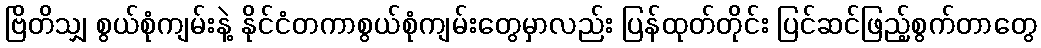
ဗြိတိသျှ စွယ်စုံကျမ်းနဲ့ နိုင်ငံတကာစွယ်စုံကျမ်းတွေမှာလည်း ပြန်ထုတ်တိုင်း ပြင်ဆင်ဖြည့်စွက်တာတွေ